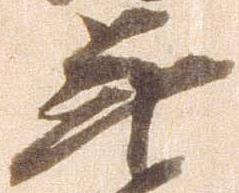
年